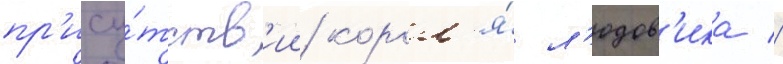
пр'ису́тств'ии корол'я́ л'юдов'ика //